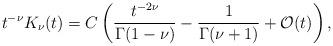
LaTeX: \begin{align*}t^{-\nu}K_{\nu}(t) = C\left(\frac{t^{-2\nu}}{\Gamma(1-\nu)} - \frac{1}{\Gamma(\nu+1)} + \mathcal{O}(t)\right),\end{align*}